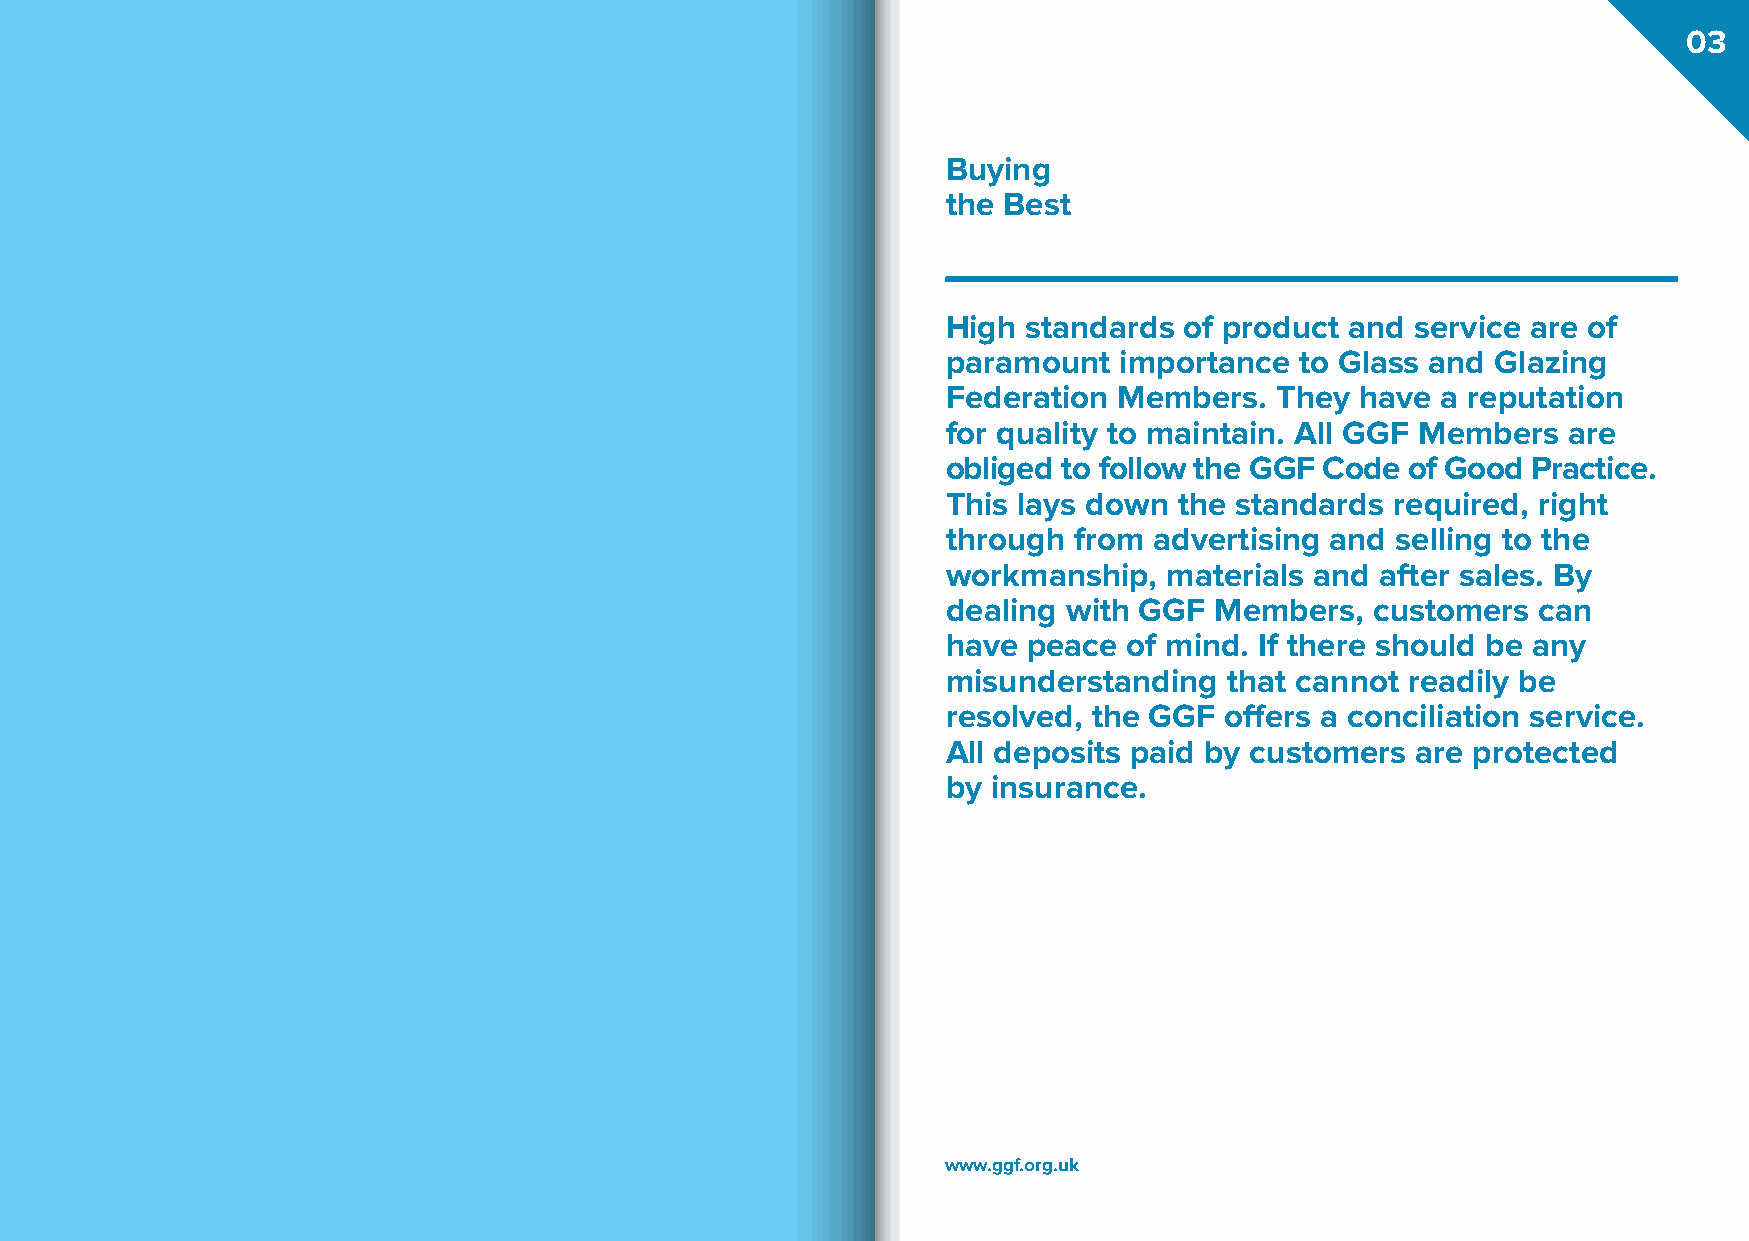
03
 Buying
 the Best
 High standards of product and  service are of
 paramount  importance  to Glass and Glazing
 Federation Members.  They  have a reputation
 for quality to maintain. All GGF Members are
 obliged to follow the GGF Code of Good Practice.
 This lays down the standards required, right
 through from advertising and selling to the
 workmanship,  materials and after sales. By
 dealing with GGF Members,   customers  can
 have peace  of mind. If there should be any
 misunderstanding  that cannot readily be
 resolved, the GGF offers a conciliation service.
 All deposits paid by customers are protected
 by insurance.
 www.ggf.org.uk